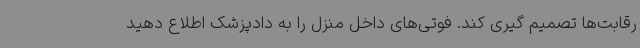
رقابت‌ها تصمیم گیری کند. فوتی‌های داخل منزل را به دادپزشک اطلاع دهید